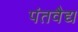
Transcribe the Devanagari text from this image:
पंतवैद्य